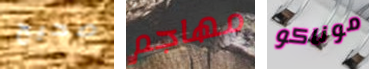
صحيح مهاجم موناكو